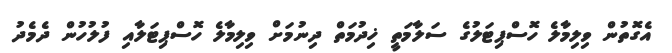
އެގޮތުން ވިލިމާލެ ހޮސްޕިޓަލުގެ ސަލާމަތީ ޚިދުމަތް ދިނުމަށް ވިލިމާލެ ހޮސްޕިޓަލާއި ފުލުހުން ދެމެދު